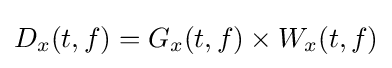
D_{x}(t,f)=G_{x}(t,f)\times W_{x}(t,f)